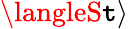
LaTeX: \langleS\mathtt{t}\rangle